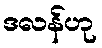
ဒလန်ဟု